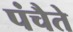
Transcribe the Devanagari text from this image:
पंचैते